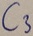
Text: C3